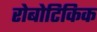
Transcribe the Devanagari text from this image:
रोबोटिकिक